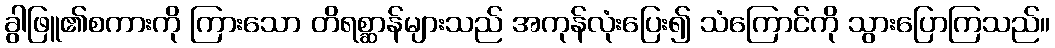
ခွါဖြူ၏စကားကို ကြားသော တိရစ္ဆာန်များသည် အကုန်လုံးပြေး၍ သံကြောင်ကို သွားပြောကြသည်။